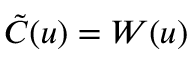
{ \tilde { C } } ( u ) = W ( u )